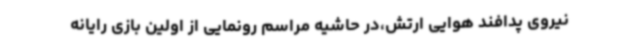
نیروی پدافند هوایی ارتش،در حاشیه مراسم رونمایی از اولین بازی رایانه‌